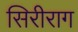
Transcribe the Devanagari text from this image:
सिरीराग